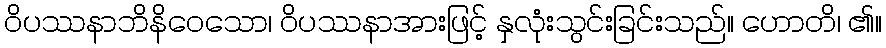
ဝိပဿနာဘိနိဝေသော၊ ဝိပဿနာအားဖြင့် နှလုံးသွင်းခြင်းသည်။ ဟောတိ၊ ၏။